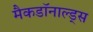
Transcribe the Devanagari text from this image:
मैकडॉनाल्ड्स